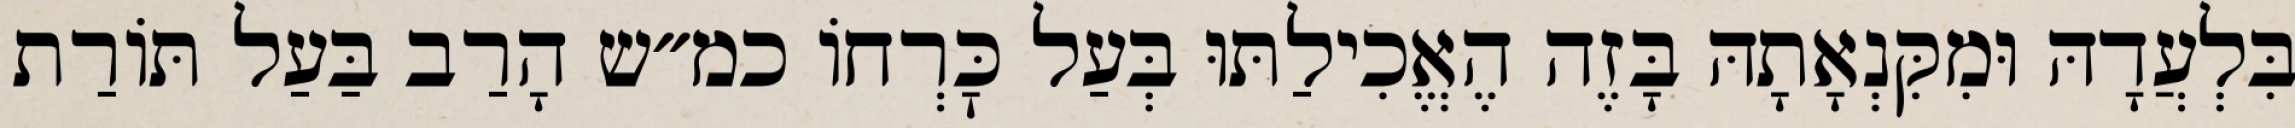
בִּלְעֲדָהּ וּמִקִּנְאָתָהּ בָּזֶה הֶאֱכִילַתּוּ בְּעַל כׇּרְחוֹ כמ״ש הָרַב בַּעַל תּוֹרַת